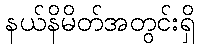
နယ်နိမိတ်အတွင်းရှိ